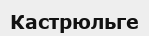
Кастрюльге